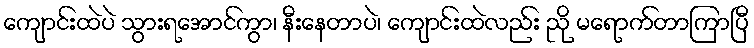
ကျောင်းထဲပဲ သွားရအောင်ကွာ၊ နီးနေတာပဲ၊ ကျောင်းထဲလည်း ညို မရောက်တာကြာပြီ